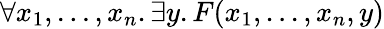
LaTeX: \forall x_{1},...,x_{n}.\exists y.F(x_{1},...,x_{n},y)